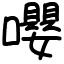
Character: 嚶